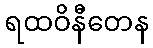
ရထဝိနီတေန